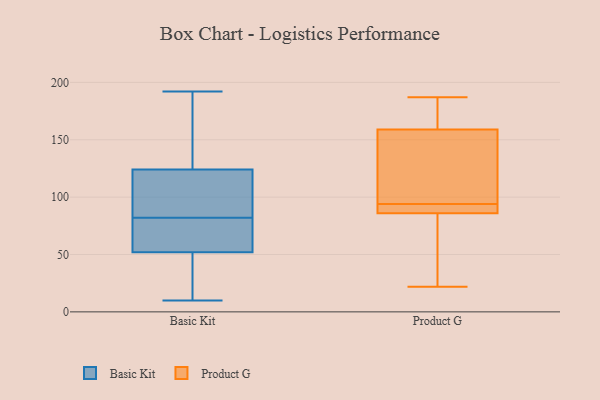
{"axis": {"x": "Website Visitors", "y": "Value"}, "legend": ["Basic Kit", "Product G"], "data": [{"x": "", "y": 55, "type": "Basic Kit"}, {"x": "", "y": 10, "type": "Basic Kit"}, {"x": "", "y": 26, "type": "Basic Kit"}, {"x": "", "y": 43, "type": "Basic Kit"}, {"x": "", "y": 151, "type": "Basic Kit"}, {"x": "", "y": 113, "type": "Basic Kit"}, {"x": "", "y": 192, "type": "Basic Kit"}, {"x": "", "y": 117, "type": "Basic Kit"}, {"x": "", "y": 145, "type": "Basic Kit"}, {"x": "", "y": 38, "type": "Basic Kit"}, {"x": "", "y": 63, "type": "Basic Kit"}, {"x": "", "y": 82, "type": "Basic Kit"}, {"x": "", "y": 115, "type": "Basic Kit"}, {"x": "", "y": 68, "type": "Basic Kit"}, {"x": "", "y": 99, "type": "Basic Kit"}, {"x": "", "y": 149, "type": "Basic Kit"}, {"x": "", "y": 80, "type": "Basic Kit"}, {"x": "", "y": 94, "type": "Product G"}, {"x": "", "y": 117, "type": "Product G"}, {"x": "", "y": 128, "type": "Product G"}, {"x": "", "y": 93, "type": "Product G"}, {"x": "", "y": 87, "type": "Product G"}, {"x": "", "y": 179, "type": "Product G"}, {"x": "", "y": 41, "type": "Product G"}, {"x": "", "y": 136, "type": "Product G"}, {"x": "", "y": 178, "type": "Product G"}, {"x": "", "y": 155, "type": "Product G"}, {"x": "", "y": 88, "type": "Product G"}, {"x": "", "y": 33, "type": "Product G"}, {"x": "", "y": 83, "type": "Product G"}, {"x": "", "y": 88, "type": "Product G"}, {"x": "", "y": 171, "type": "Product G"}, {"x": "", "y": 22, "type": "Product G"}, {"x": "", "y": 187, "type": "Product G"}]}